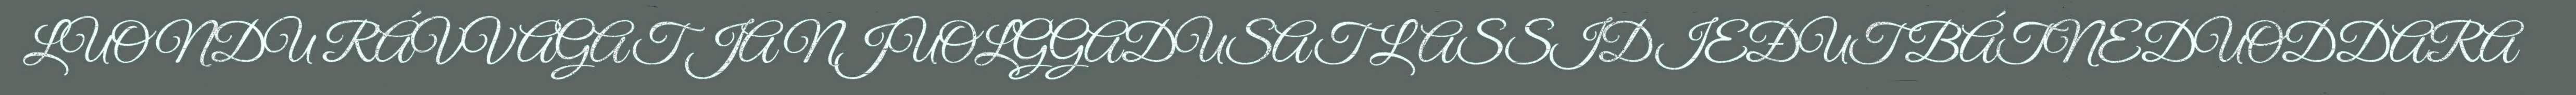
LUONDU RÁVVAGAT JA NJUOLGGADUSAT LASSIDIEĐUT BÁTNEDUODDARA